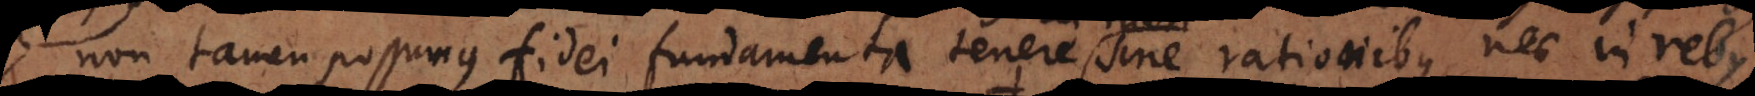
non tamen possumus fidei fundamenta tenere sine rationibus; nec in rebus